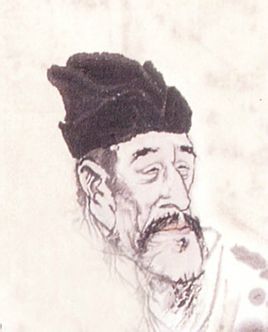
盘心清露如铅水，又一夜西风吹折。